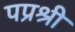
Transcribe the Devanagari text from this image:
पप्रश्री